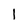
Character: I